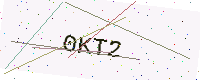
Text: 0KT2